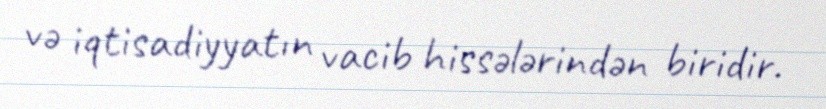
və iqtisadiyyatın vacib hissələrindən biridir.